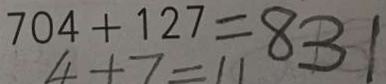
7 0 4 + 1 2 7 = 8 3 1